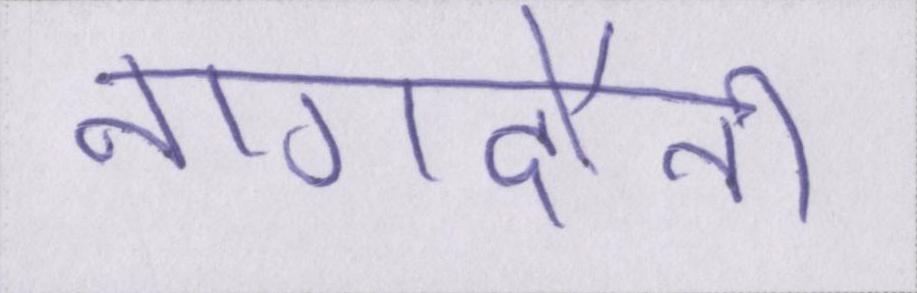
नागदौनी